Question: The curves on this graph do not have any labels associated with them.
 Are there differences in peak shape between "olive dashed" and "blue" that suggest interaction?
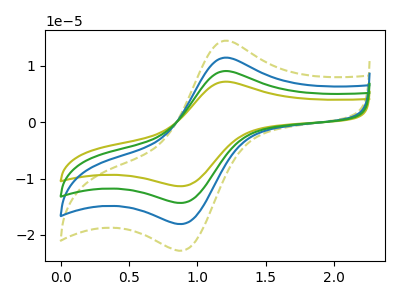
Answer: <think>The olive curve "olive" has an anodic peak at (1.20V, 34.45uA) and a cathodic peak at (0.90V, -53.90uA). The olive dashed curve "olive dashed" has an anodic peak at (1.20V, 14.50uA) and a cathodic peak at (0.90V, -22.65uA). The blue curve "blue" has an anodic peak at (1.20V, 11.50uA) and a cathodic peak at (0.90V, -17.95uA). The green curve "green" has an anodic peak at (1.20V, 23.00uA) and a cathodic peak at (0.90V, -35.90uA).
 All the peaks in "olive dashed" have a peak in "blue" at the same potential. Every peak in "olive dashed" is higher than every peak in "blue".</think>
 <answer>No, "olive dashed" and "blue" don't appear to be significantly different in shape</answer>
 <eval>no_change</eval>